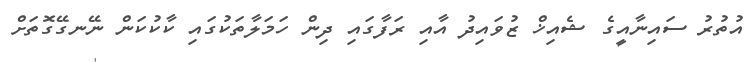
އުތުރު ސައިނާއީގެ ޝެއިޚް ޒުވައިދު އާއި ރަފާގައި ދިން ހަމަލާތަކުގައި ކާކުކަން ނޭނގޭގޮތަށް